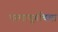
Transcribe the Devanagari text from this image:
परमाणूबाँबचा